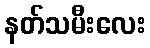
နတ်သမီးလေး